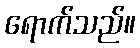
ရောက်သည်။